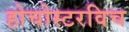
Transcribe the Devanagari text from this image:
होचोस्टरविच